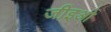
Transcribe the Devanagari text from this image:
जीइओ